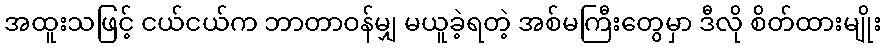
အထူးသဖြင့် ငယ်ငယ်က ဘာတာဝန်မျှ မယူခဲ့ရတဲ့ အစ်မကြီးတွေမှာ ဒီလို စိတ်ထားမျိုး